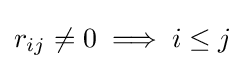
r_{ij}\neq 0\implies i\leq j